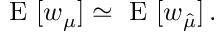
\mathrm { ~ E ~ } [ w _ { \mu } ] \simeq \mathrm { ~ E ~ } [ w _ { \hat { \mu } } ] \, .